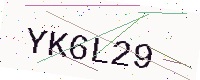
Text: YK6L29